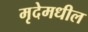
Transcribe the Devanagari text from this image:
मृदेमधील